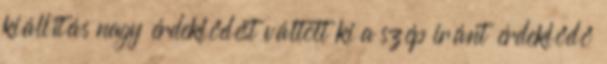
kiállítás nagy érdeklődést váltott ki a szép iránt érdeklődő